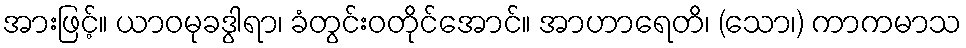
အားဖြင့်။ ယာဝမုခဒွါရာ၊ ခံတွင်းဝတိုင်အောင်။ အာဟာရေတိ၊ (သော၊) ကာကမာသ